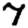
Digit: 7